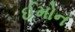
ઈમોન